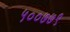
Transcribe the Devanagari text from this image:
५००७७९